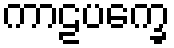
ကာဠပက္ခေ